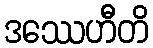
ဒဿေဟီတိ